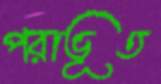
পরাভূত